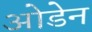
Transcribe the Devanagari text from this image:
ओडेन